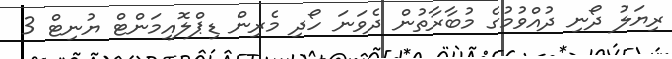
ރިޔަލު ދޯނި ދުއްވުމުގެ މުބާރާތުން ދެވަނަ ހޯދި މެރިން ޑިޕްލޮއިމަންޓް ޔުނިޓް 3